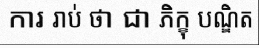
ការ រាប់ ថា ជា ភិក្ខុ បណ្ឌិត